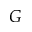
G